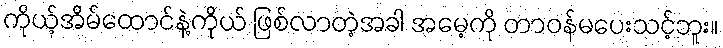
ကိုယ့်အိမ်ထောင်နဲ့ကိုယ် ဖြစ်လာတဲ့အခါ အမေ့ကို တာဝန်မပေးသင့်ဘူး။